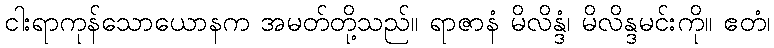
ငါးရာကုန်သောယောနက အမတ်တို့သည်။ ရာဇာနံ မိလိန္ဒံ၊ မိလိန္ဒမင်းကို။ ဧတံ၊